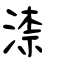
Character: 渿